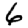
Digit: 6